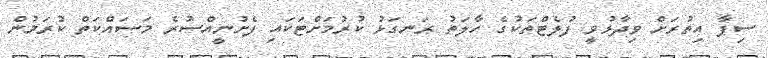
ސިފާ އިތުރަށް ވިދާޅުވީ ފުލެޓްތަކުގެ ހާލަތު ރަނގަޅު ކުރުމަށްޓަކައި ފެށުނީއްސުރެ މަސައްކަތް ކުރަމުން